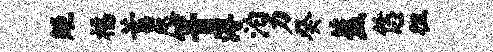
矩福蓄咫箐溥泊力癸蕉恁徂